65_HS1-834228961_62-HQ-83894_Section_6
Agency: FBI
Page 265
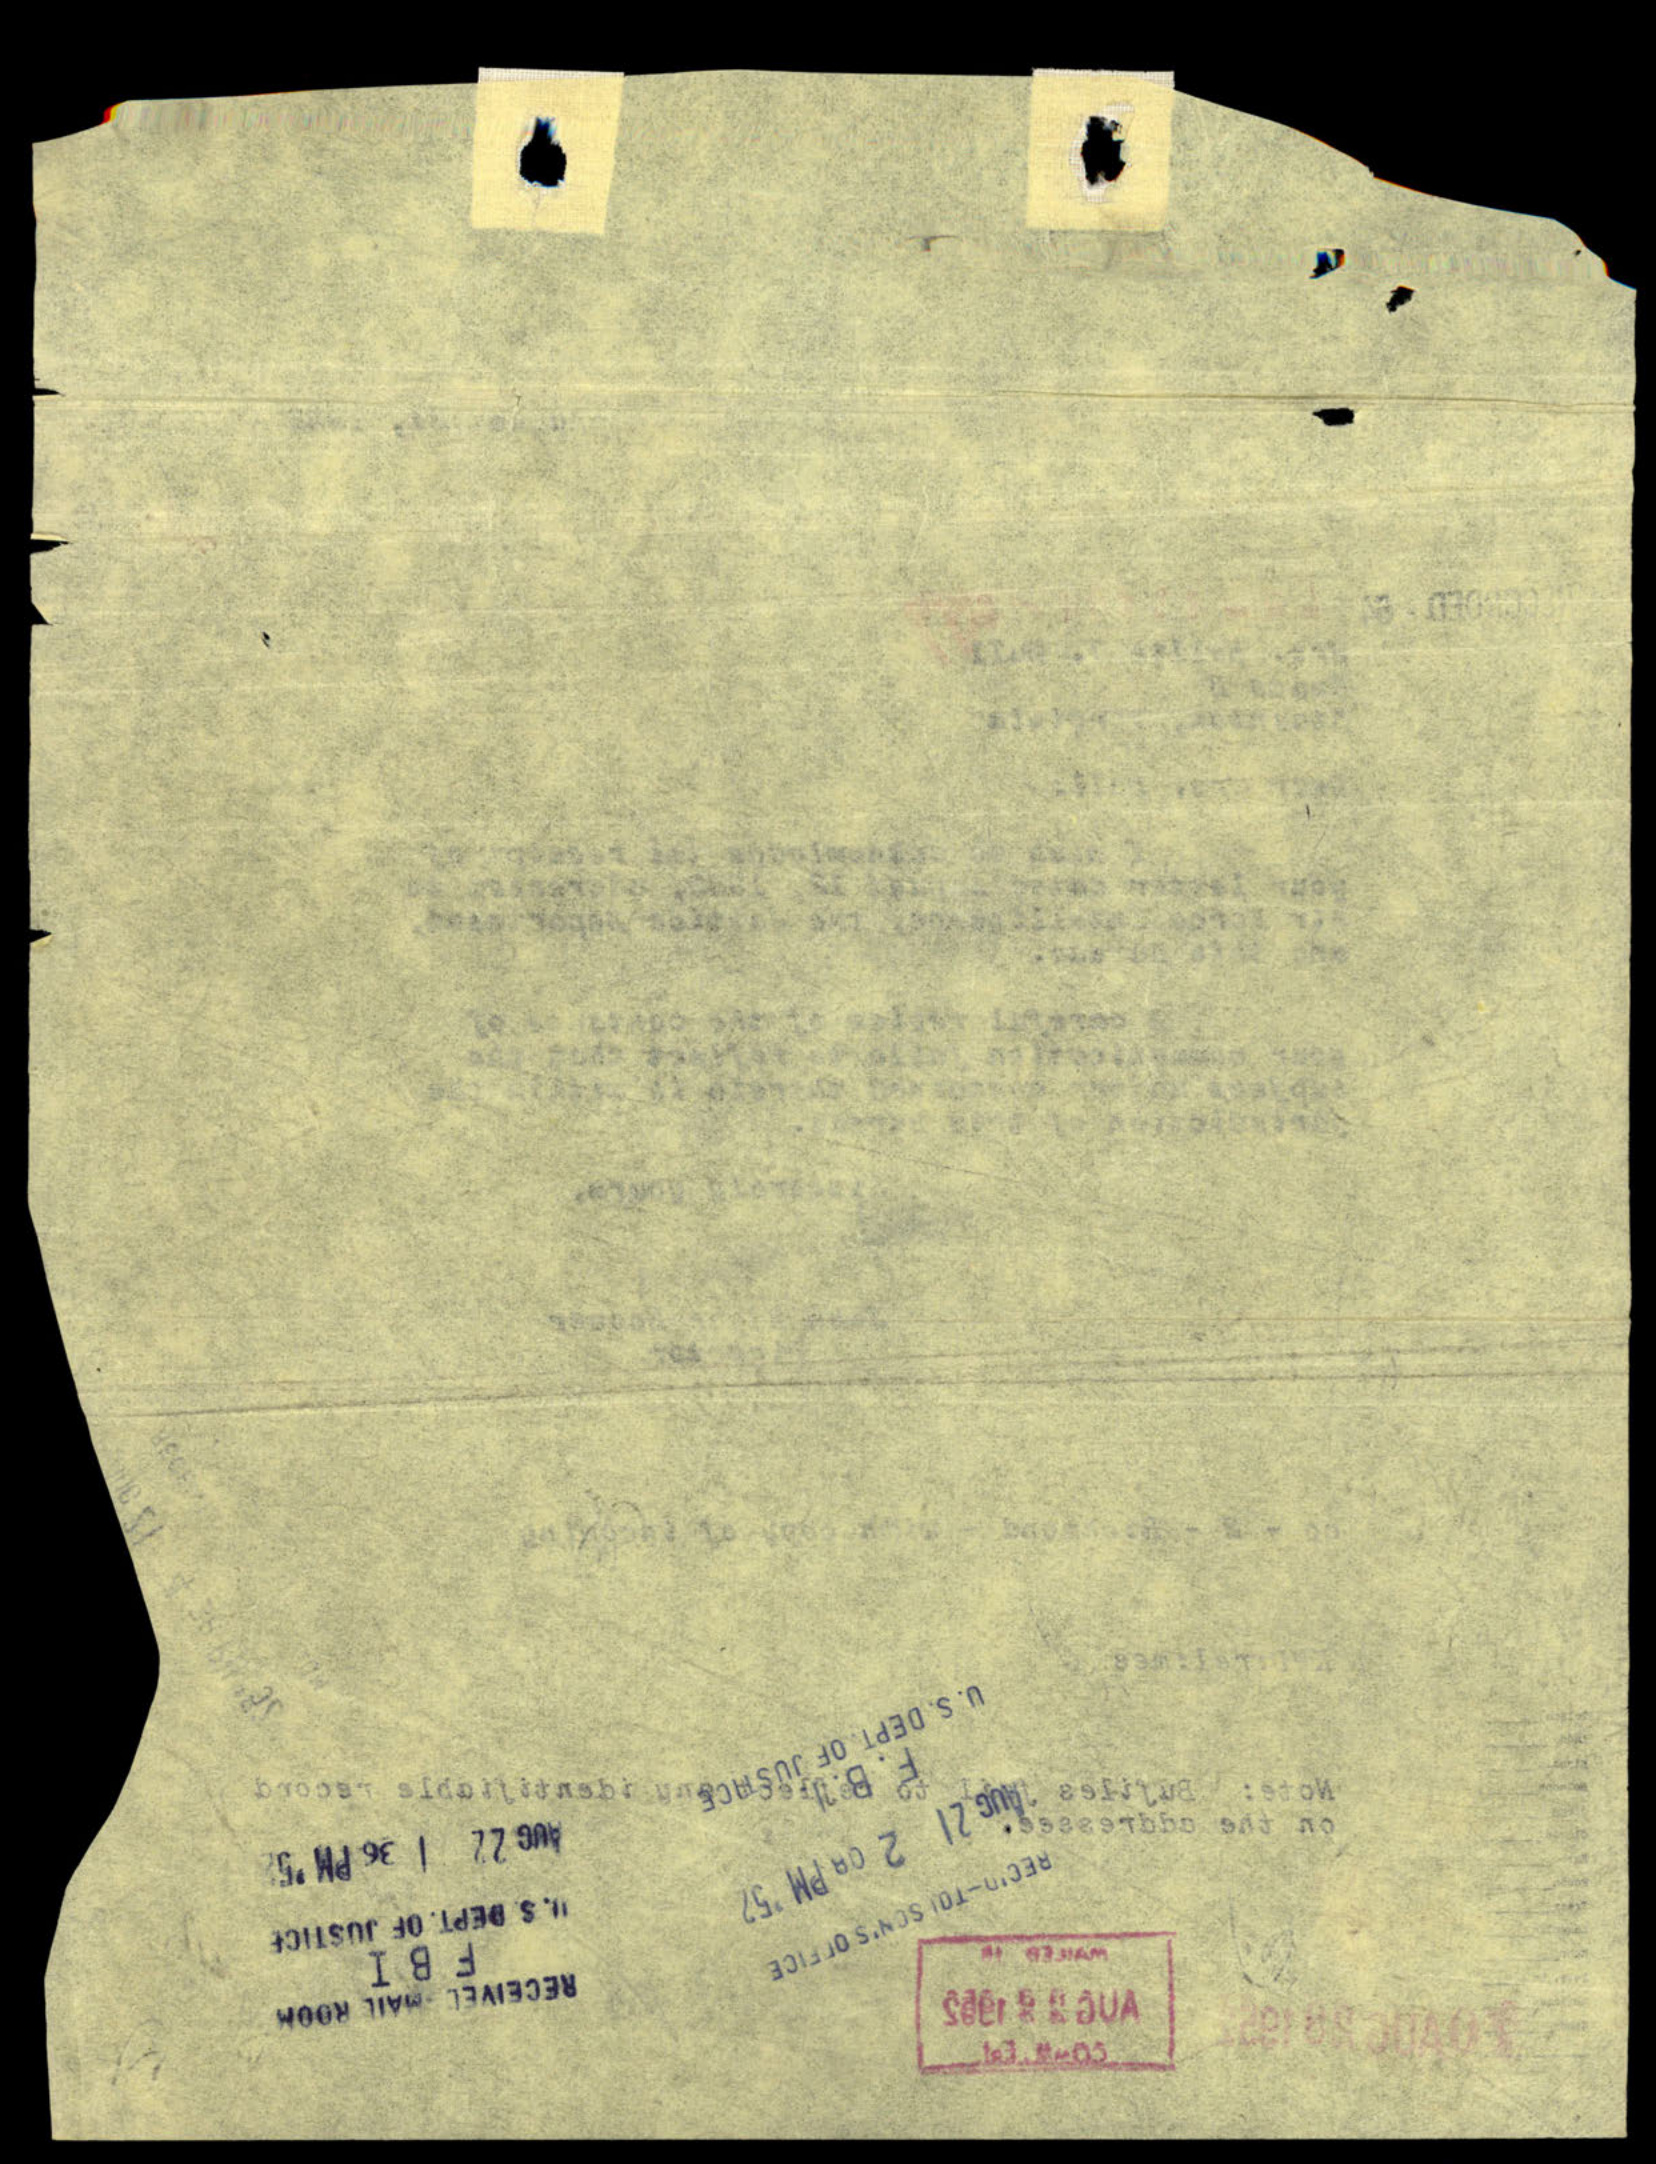